Report on the lunatic asylums under the Government of Bombay - 1904-1913
Year: 1904
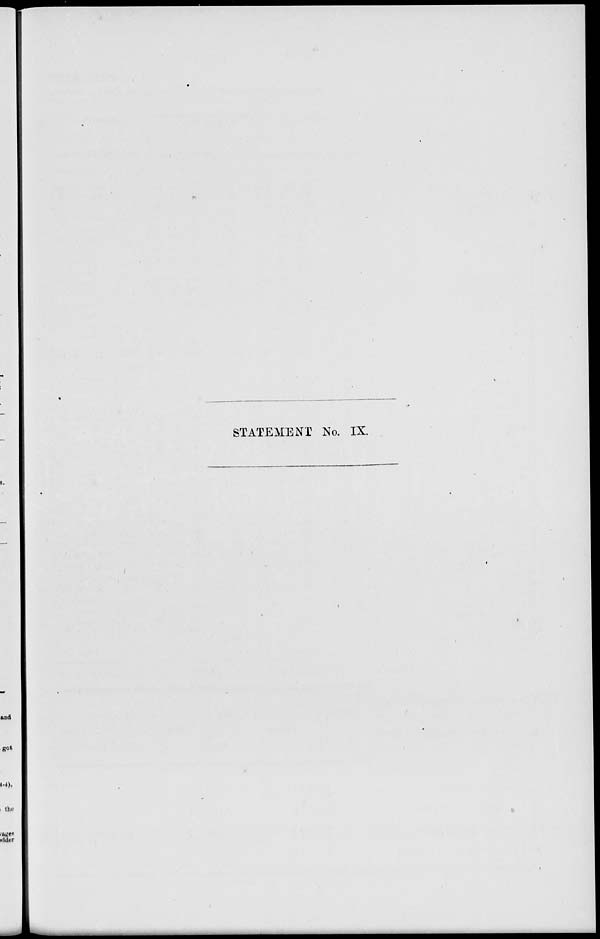
STATEMENT No. IX.